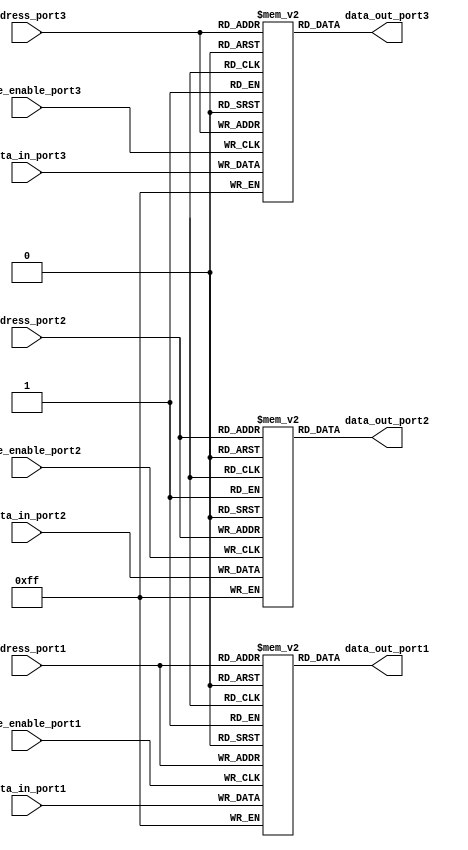
module memory_blocks_triple_port_reg_file(
    input wire [7:0] address_port1,
    input wire [7:0] data_in_port1,
    input wire write_enable_port1,
    output reg [7:0] data_out_port1,
    
    input wire [7:0] address_port2,
    input wire [7:0] data_in_port2,
    input wire write_enable_port2,
    output reg [7:0] data_out_port2,
    
    input wire [7:0] address_port3,
    input wire [7:0] data_in_port3,
    input wire write_enable_port3,
    output reg [7:0] data_out_port3
);

reg [7:0] mem_block1 [0:255];
reg [7:0] mem_block2 [0:255];
reg [7:0] mem_block3 [0:255];

always @(posedge write_enable_port1)
begin
    mem_block1[address_port1] <= data_in_port1;
end

always @(posedge write_enable_port2)
begin
    mem_block2[address_port2] <= data_in_port2;
end

always @(posedge write_enable_port3)
begin
    mem_block3[address_port3] <= data_in_port3;
end

assign data_out_port1 = mem_block1[address_port1];
assign data_out_port2 = mem_block2[address_port2];
assign data_out_port3 = mem_block3[address_port3];

endmodule